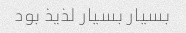
بسیار بسیار لذیذ بود